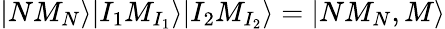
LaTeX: |NM_{N}\rangle|I_{1}M_{I_{1}}\rangle|I_{2}M_{I_{2}}\rangle=|NM_{N},M\rangle